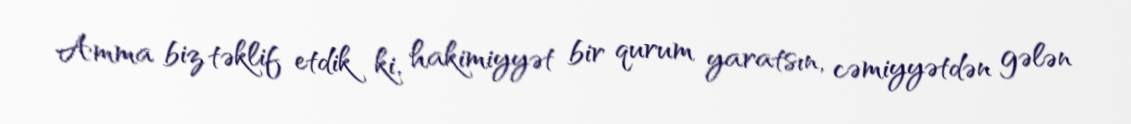
Amma biz təklif etdik ki, hakimiyyət bir qurum yaratsın, cəmiyyətdən gələn